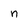
Character: n